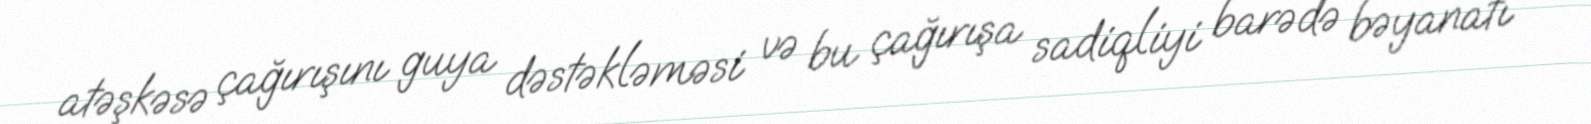
atəşkəsə çağırışını guya dəstəkləməsi və bu çağırışa sadiqliyi barədə bəyanatı